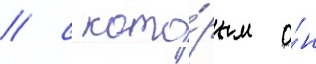
/ с кото́рым о́н